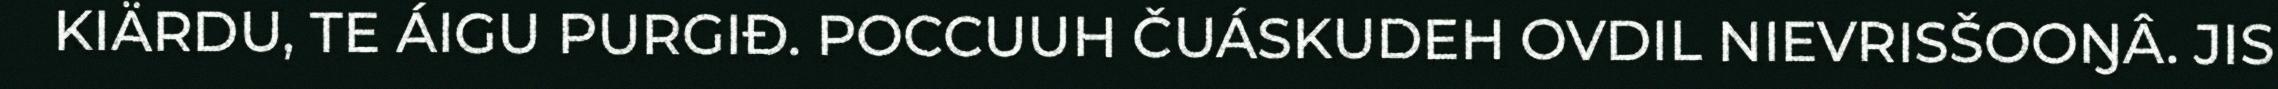
KIÄRDU, TE ÁIGU PURGIĐ. POCCUUH ČUÁSKUDEH OVDIL NIEVRISŠOOŊÂ. JIS